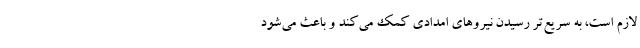
لازم است، به سریع‌تر رسیدن نیرو‌های امدادی کمک می‌کند و باعث می‌شود